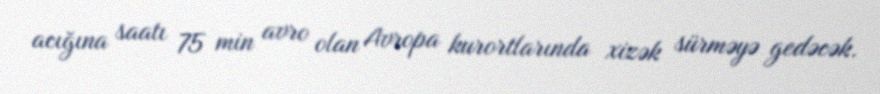
acığına saatı 75 min avro olan Avropa kurortlarında xizək sürməyə gedəcək.